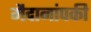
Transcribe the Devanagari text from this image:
मैदानांपकी